Report of the Municipal Commissioner on the plague in Bombay for the year ending 31st May... - Volume 1
Disease focus: Plague
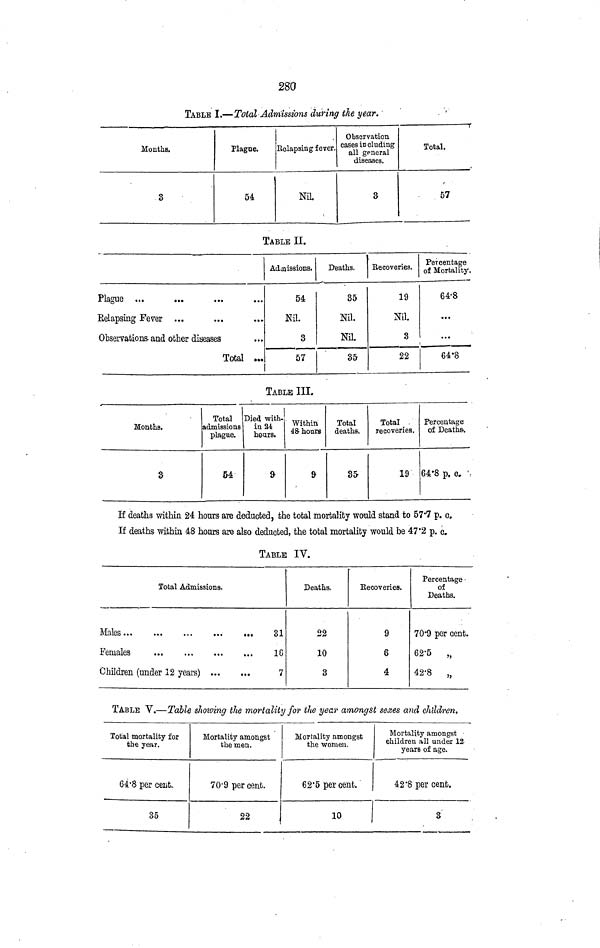
280
TABLE I.—Total Admissions during the year.
Mouths.
3
Plague.
54
Relapsing fever.
Nil.
Observation
cases including
all general
diseases.
a
Total.
57
TABLE II.
Plague ...
Relapsing Fever
Observations- and other diseases
Total ...
Admissions.
54
Nil.
3
57
Deaths.
35
Nil.
Nil.
35
Recoveries.
19
Nil.
3
22
Percentage
of Mortality,
64.8
...
64.8
TABLE III.
Months.
3
Total
admissions
plague.
54
Died with-
in 24
hours.
9
Within
48 hours
9
Total
deaths.
35
Total _
recoveries.
19
Percentage
of Deaths.
64.8 p. c.
If deaths within 24 hours are deducted, the total mortality would stand to 57.7 p. c.
If deaths within 48 hours are also deducted, the total mortality would be 47.2 p. Q.
TABLE IY.
Total Admissions
Males
31
Females
16
Children (under 12 years)
7
Deaths.
22
10
3
Eecoveries.
9
6
4
Percentage
of
Deaths.
70.9 per cent.
62.5
„
42.8
„
TABLE V.—Table showing the mortality for the year amongst sexes and children.
Total mortality for
the year.
64.8 per cent.
35
Mortality amongst
the men.
70'9 per cent.
22
Mortality amongst
the women.
62.5 percent.
Mortality amongst
children all under 12
years of age.
42.8 per cent.
3